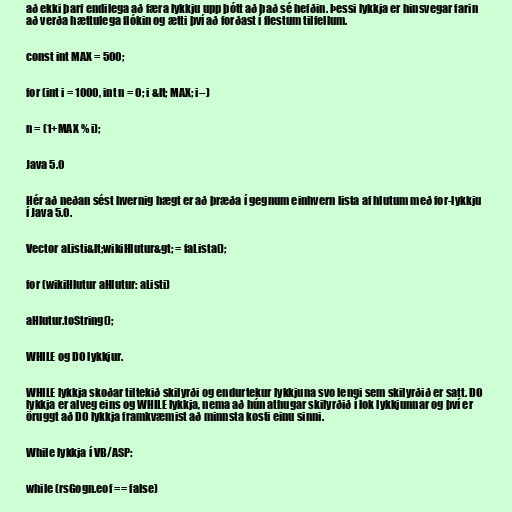
að ekki þarf endilega að færa lykkju upp þótt að það sé hefðin. Þessi lykkja er hinsvegar farin
að verða hættulega flókin og ætti því að forðast í flestum tilfellum.

const int MAX = 500;

for (int i = 1000, int n = 0; i &lt; MAX; i--)

n = (1+MAX % i);

Java 5.0

Hér að neðan sést hvernig hægt er að þræða í gegnum einhvern lista af hlutum með for-lykkju
í Java 5.0.

Vector aListi&lt;wikiHlutur&gt; = faLista();

for (wikiHlutur aHlutur: aListi)

aHlutur.toString();

WHILE og DO lykkjur.

WHILE lykkja skoðar tiltekið skilyrði og endurtekur lykkjuna svo lengi sem skilyrðið er satt. DO
lykkja er alveg eins og WHILE lykkja, nema að hún athugar skilyrðið í lok lykkjunnar og því er
öruggt að DO lykkja framkvæmist að minnsta kosti einu sinni.

While lykkja í VB/ASP:

while (rsGogn.eof == false)